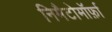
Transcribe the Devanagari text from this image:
निमैटोमॉर्फ़ा